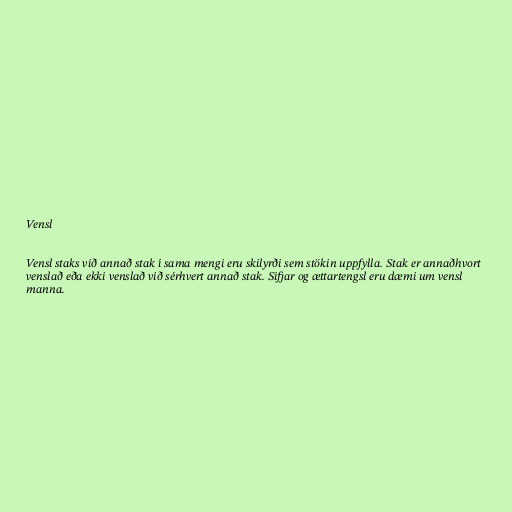
Vensl

Vensl staks við annað stak í sama mengi eru skilyrði sem stökin uppfylla. Stak er annaðhvort
venslað eða ekki venslað við sérhvert annað stak. Sifjar og ættartengsl eru dæmi um vensl
manna.